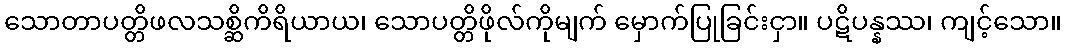
သောတာပတ္တိဖလသစ္ဆိကိရိယာယ၊ သောပတ္တိဖိုလ်ကိုမျက် မှောက်ပြုခြင်းငှာ။ ပဋိပန္နဿ၊ ကျင့်သော။